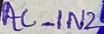
Text: AC_IN2